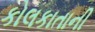
કોલકાતાની